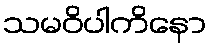
သမဝိပါကိနော